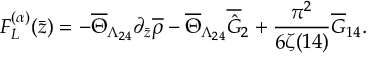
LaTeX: F _ { L } ^ { ( \alpha ) } ( \bar { z } ) = - \overline { { { \Theta } } } _ { \Lambda _ { 2 4 } } \partial _ { \bar { z } } \overline { { { \rho } } } - \overline { { { \Theta } } } _ { \Lambda _ { 2 4 } } \overline { { { \hat { G } } } } _ { 2 } + \frac { \pi ^ { 2 } } { 6 \zeta ( 1 4 ) } \overline { { { G } } } _ { 1 4 } .